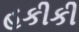
હકીકી